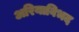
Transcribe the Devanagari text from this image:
अरियाविभद